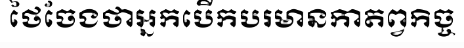
ថៃចែងថាអ្នកបើកបរមានកាតព្វកិច្ច